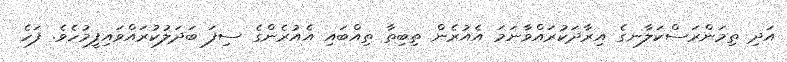
އަދި ތިމަންރަސްކަލާނގެ އިރާދަކުރައްވާނަމަ އެއުރެން ތިބިތާ ތިއްބައި އެއުރެންގެ ސިފަ ބަދަލުކުރައްވައިފީމުހެވެ. ފަހެ